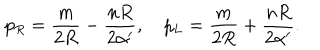
LaTeX: p _ { R } = { \frac { m } { 2 R } } - { \frac { n R } { 2 \alpha ^ { \prime } } } , p _ { L } = { \frac { m } { 2 R } } + { \frac { n R } { 2 \alpha ^ { \prime } } } .